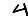
Digit: 4